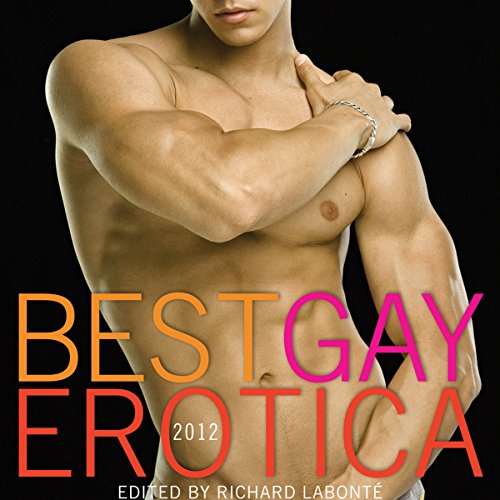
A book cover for Best Gay Erotica 2012; Richard Labonte; Romance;